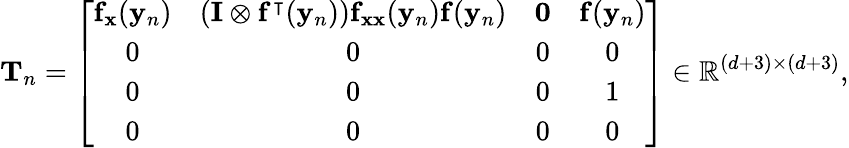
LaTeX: \mathbf{T}_{n}=\left[{\begin{array}{cccc}{\mathbf{f}_{\mathbf{x}}(\mathbf{y}_{n})}&{(\mathbf{I}\otimes\mathbf{f}^{\intercal}(\mathbf{y}_{n}))\mathbf{f}_{\mathbf{xx}}(\mathbf{y}_{n})\mathbf{f}(\mathbf{y}_{n})}&{\mathbf{0}}&{\mathbf{f}(\mathbf{y}_{n})}\\ {0}&{0}&{0}&{0}\\ {0}&{0}&{0}&{1}\\ {0}&{0}&{0}&{0}\end{array}}\right]\in\mathbb{R}^{(d+3)\times(d+3)},